画像に写った文字を読んでください
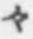
「々」と書いてあります